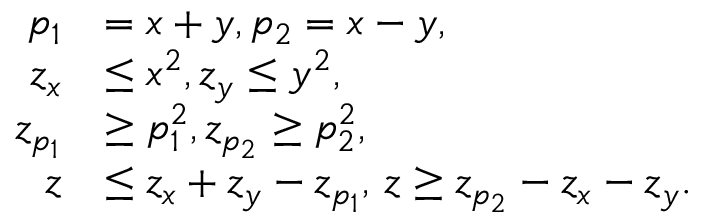
\begin{array} { r l } { p _ { 1 } } & { = x + y , p _ { 2 } = x - y , } \\ { z _ { x } } & { \le x ^ { 2 } , z _ { y } \le y ^ { 2 } , } \\ { z _ { p _ { 1 } } } & { \ge p _ { 1 } ^ { 2 } , z _ { p _ { 2 } } \ge p _ { 2 } ^ { 2 } , } \\ { z } & { \le z _ { x } + z _ { y } - z _ { p _ { 1 } } , \, z \ge z _ { p _ { 2 } } - z _ { x } - z _ { y } . } \end{array}